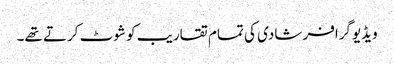
ویڈیوگرافر شادی کی تمام تقاریب کو شوٹ کرتے تھے۔